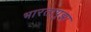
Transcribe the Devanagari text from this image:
भारतापुझा